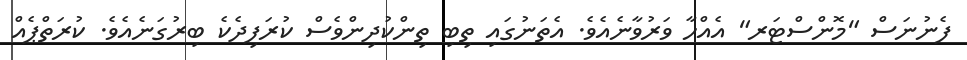
ފެނުނަސް "މޮންސްޓަރ" އެއްހާ ވަރުވާނެއެވެ. އެތަނުގައި ތިބި ތިންކުދިންވެސް ކުރަފިދެކެ ބިރުގަނެއެވެ. ކުރަތްޕެއް